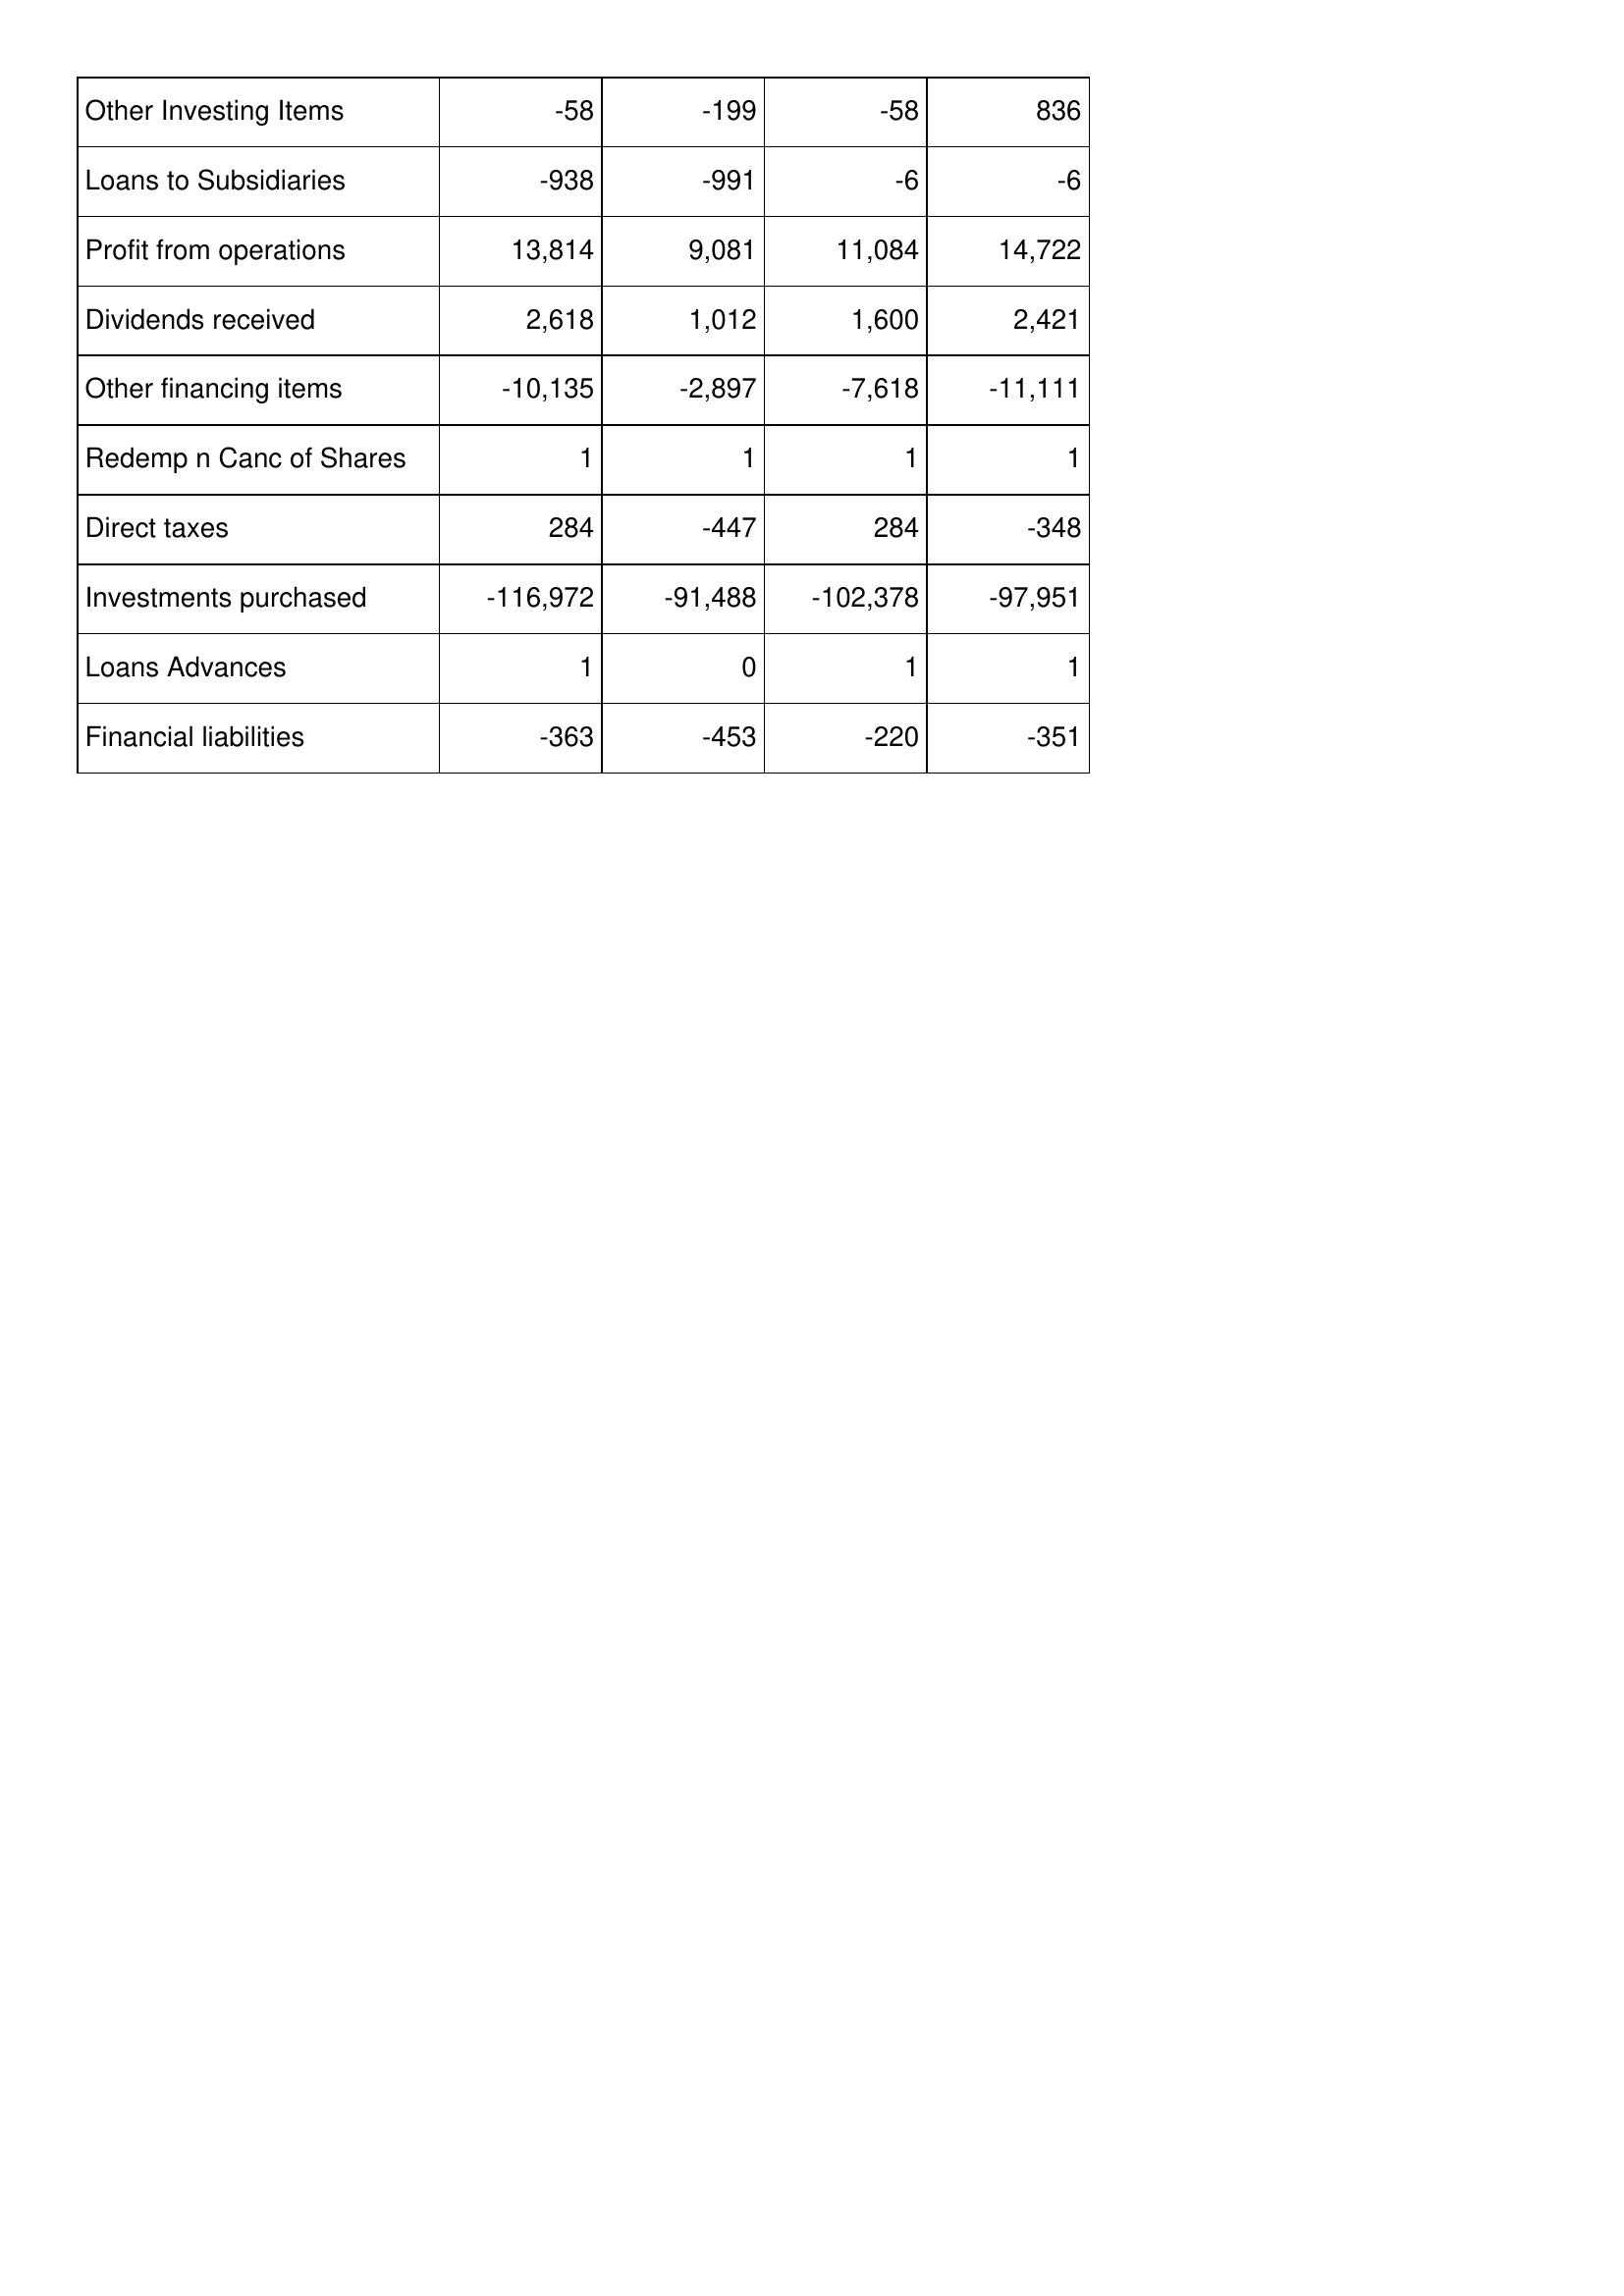
Apr-13: Cash Flows: Other Investing Items: -58
Loans to Subsidiaries: -938
Profit from operations: 13,814
Dividends received: 2,618
Other financing items: -10,135
Redemp n Canc of Shares: 1
Direct taxes: 284
Investments purchased: -116,972
Loans Advances: 1
Financial liabilities: -363
Apr-14: Cash Flows: Other Investing Items: -199
Loans to Subsidiaries: -991
Profit from operations: 9,081
Dividends received: 1,012
Other financing items: -2,897
Redemp n Canc of Shares: 1
Direct taxes: -447
Investments purchased: -91,488
Loans Advances: 0
Financial liabilities: -453
Apr-15: Cash Flows: Other Investing Items: -58
Loans to Subsidiaries: -6
Profit from operations: 11,084
Dividends received: 1,600
Other financing items: -7,618
Redemp n Canc of Shares: 1
Direct taxes: 284
Investments purchased: -102,378
Loans Advances: 1
Financial liabilities: -220
Apr-16: Cash Flows: Other Investing Items: 836
Loans to Subsidiaries: -6
Profit from operations: 14,722
Dividends received: 2,421
Other financing items: -11,111
Redemp n Canc of Shares: 1
Direct taxes: -348
Investments purchased: -97,951
Loans Advances: 1
Financial liabilities: -351